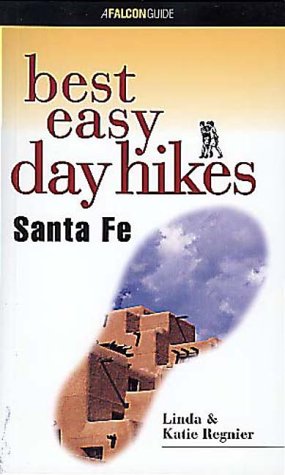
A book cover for Best Easy Day Hikes Santa Fe (Best Easy Day Hikes Series); Katie Regnier; Travel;